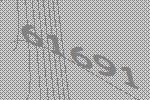
61691